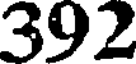
392